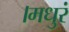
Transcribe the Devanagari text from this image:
।मधुरं